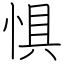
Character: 惧